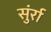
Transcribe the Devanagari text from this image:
सुंर्रा